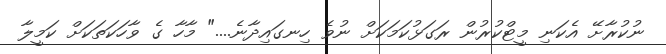
ނުކުރާށޭ އެކަނި މީޓްކުރުން ރަގަޅުކަމަކަށް ނުވެ ހިނގައިދާނެ...." މާހާ ގެ ވާހަކަތަކަށް ކަމީލާ